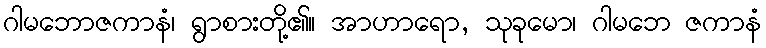
ဂါမဘောဇကာနံ၊ ရွာစားတို့၏။ အာဟာရော, သုခုမော၊ ဂါမဘေ ဇကာနံ